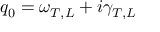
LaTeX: q _ { 0 } = \omega _ { T , L } + i \gamma _ { T , L }